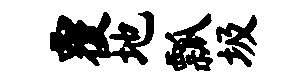
覆地瓢圾